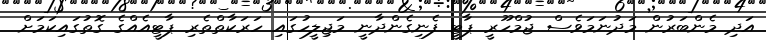
އަދި މެންބަރުން މަދުނަމަވެސް ޖުމްހޫރީ ޕާޓީ ފެނިގެންދާނީ މަޖިލީހުގައި ހަރަކާތްތެރި ޕާޓީއެއްގެ ގޮތުގައިކަމަށް